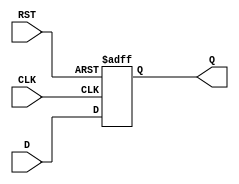
module StoreRegister (
    input wire D,        // Data input
    input wire CLK,      // Clock input
    input wire RST,      // Asynchronous reset
    output reg Q         // Data output
);

// Always block for the asynchronous reset and synchronous data storage
always @(posedge CLK or posedge RST) begin
    if (RST) begin
        Q <= 1'b0;       // Clear the output Q when reset is active
    end else begin
        Q <= D;          // Capture the input D on the rising edge of CLK
    end
end

endmodule